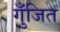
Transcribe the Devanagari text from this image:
गुँजित